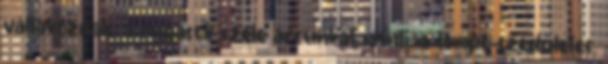
váltakoznak, a rúgások szele arcunkat érinti, a tempó szédületes,